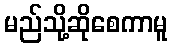
မည်သို့ဆိုစေကာမူ